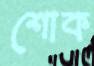
শোক